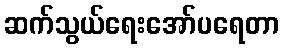
ဆက်သွယ်ရေးအော်ပရေတာ